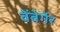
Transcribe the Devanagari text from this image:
वेंबेर्गेर